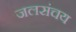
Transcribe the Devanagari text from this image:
जलसंचय